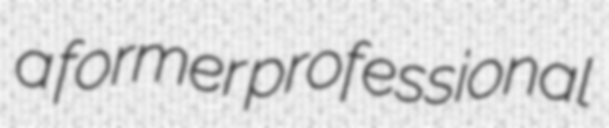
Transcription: a former professional